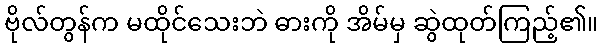
ဗိုလ်တွန်က မထိုင်သေးဘဲ ဓားကို အိမ်မှ ဆွဲထုတ်ကြည့်၏။